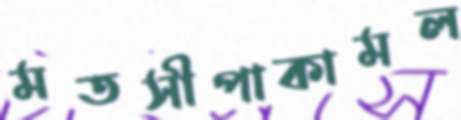
মতসীপাকামল